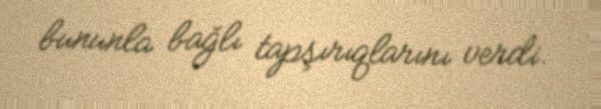
bununla bağlı tapşırıqlarını verdi.